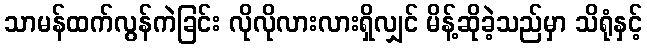
သာမန်ထက်လွန်ကဲခြင်း လိုလိုလားလားရှိလျှင် မိန့်ဆိုခဲ့သည်မှာ သိရုံနှင့်